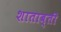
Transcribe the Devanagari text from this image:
शाताब्ती